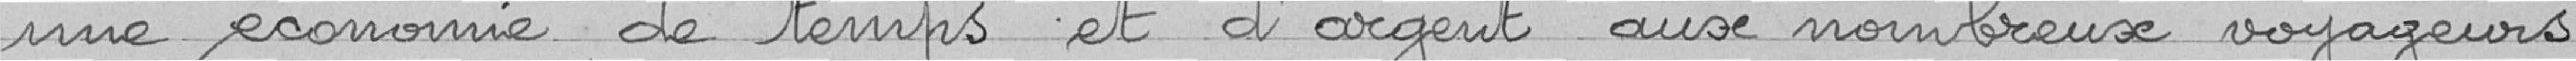
une économie de temps et d'argent aux nombreux voyageurs